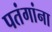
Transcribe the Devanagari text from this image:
पतंगांना